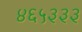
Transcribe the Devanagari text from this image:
४६५३३३